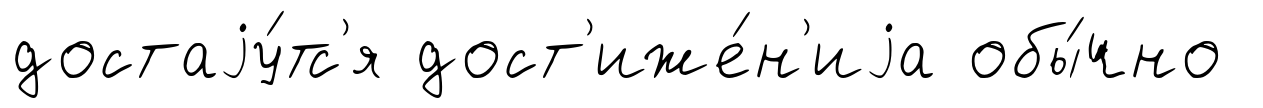
достаjу́тс'я дост'иже́н'иjа обы́чно